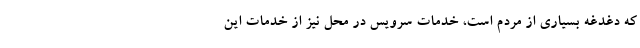
که دغدغه بسیاری از مردم است، خدمات سرویس در محل نیز از خدمات این